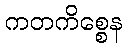
ကတကိစ္စေန